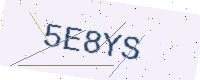
Text: 5E8YS